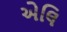
એલિ